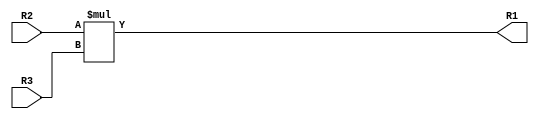
module MUL(R2,R3,R1);
input[31:0] R2,R3;
output[31:0] R1;

assign R1 = R2*R3;
endmodule